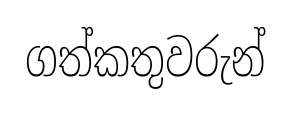
ගත්කතුවරුන්